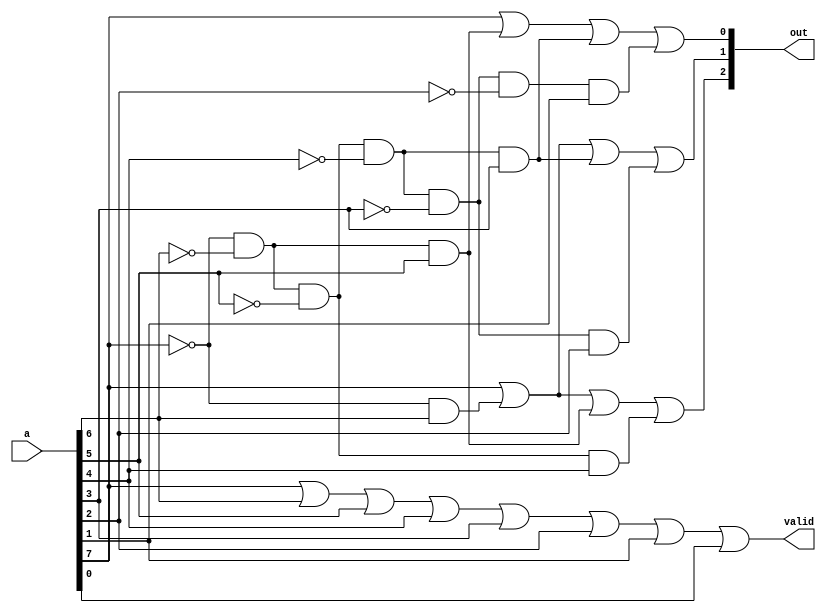
`timescale 1ns / 1ps
//////////////////////////////////////////////////////////////////////////////////
// Company: 
// Engineer: 
// 
// Design Name: 
// Module Name: top_priority_encoder
// Project Name: 
// Target Devices: 
// Tool Versions: 
// Description: 
// 
// Dependencies: 
// 
// Revision:
// Revision 0.01 - File Created
// Additional Comments:
// 
//////////////////////////////////////////////////////////////////////////////////


module top_priority_encoder(a,out,valid);
input [7:0]a;
output valid;
output [2:0]out;

wire y0, y1, y2;
wire f1,f2,f3,f4,f5,f6,f7,f8,f9;
wire z1,z2,z3;
// y2 = a[7]|~a[7]&a[6]|~a[7]&~a[6]&a[5]|~a[7]&~a[6]&~a[5]&a[4]
// y1 = a[7]|~a[7]&a[6]|~a[7]&~a[6]&~a[5]&~a[4]&a[3]|~a[7]&~a[6]&~a[5]&~a[4]&~a[3]&a[2]
// y0 = a[7]|~d[7]&~a[6]&a[5]|~a[7]&~a[6]&~a[5]&~a[4]&a[3]|~a[7]&~a[6]&~a[5]&~a[4]&~a[3]&~a[2]&a[1]
and(f1, ~a[7], a[6]);
and(f2, ~a[7], ~a[6], a[5]);
and(f3, ~a[7], ~a[6], ~a[5], a[4]);
or(out[2], a[7], f1, f2, f3);
and(f4, ~a[7], a[6]);
and(f5, ~a[7], ~a[6], ~a[5], ~a[4], a[3]);
and(f6, ~a[7], ~a[6], ~a[5], ~a[4], ~a[3], a[2]);
or(out[1], a[7], f4, f5, f6);
and(f7, ~a[7], ~a[6],a[5]);
and(f8, ~a[7], ~a[6], ~a[5], ~a[4], a[3]);
and(f9, ~a[7], ~a[6], ~a[5], ~a[4], ~a[3], ~a[2], a[1]);
or(out[0], a[7], f7, f8, f9);
or(valid, a[7], a[6], a[5], a[4], a[3], a[2], a[1], a[0]);


endmodule